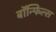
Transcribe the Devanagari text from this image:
बाॅन्फिल्स